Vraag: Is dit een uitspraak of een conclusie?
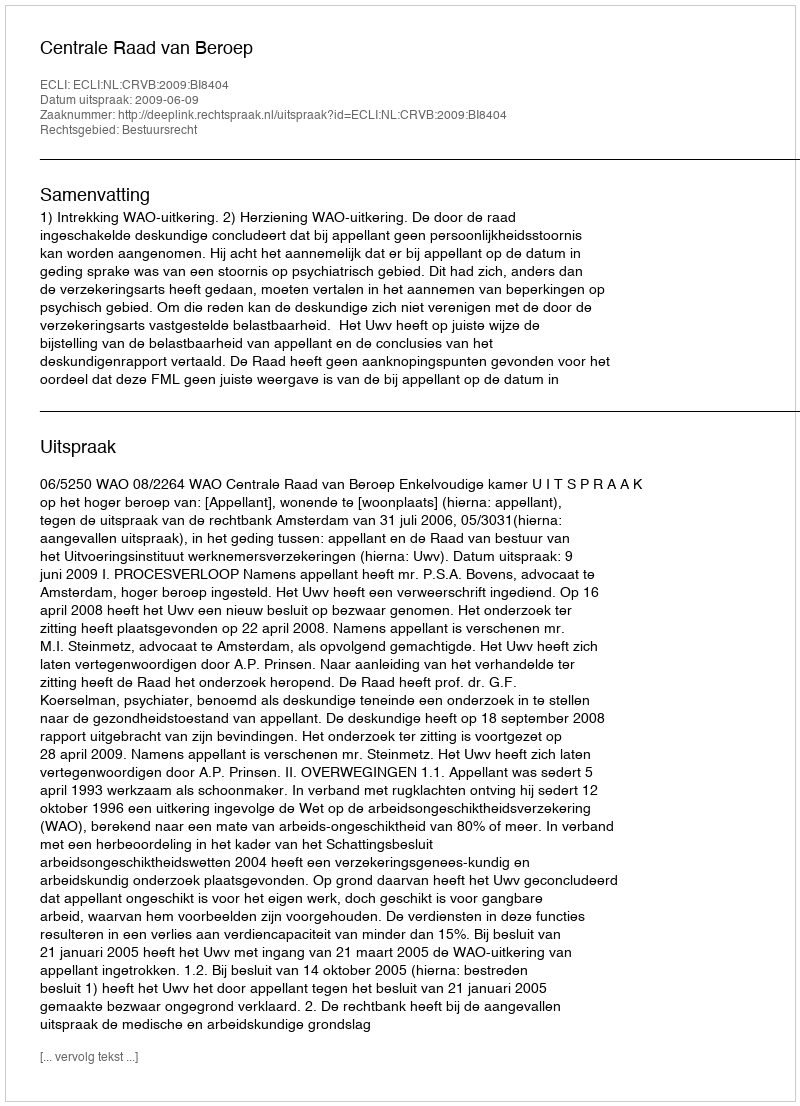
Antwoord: Uitspraak